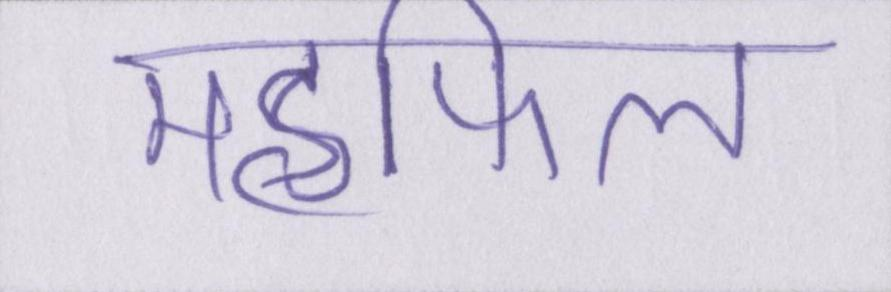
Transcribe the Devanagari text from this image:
महफिल